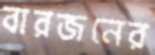
বারজনের